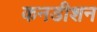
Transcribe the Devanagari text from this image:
कनडीशन